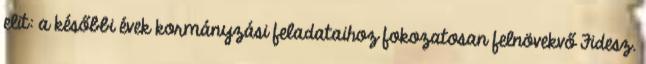
elit: a későbbi évek kormányzási feladataihoz fokozatosan felnövekvő Fidesz.